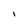
Character: l